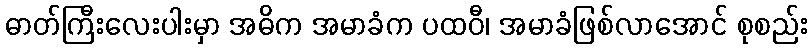
ဓာတ်ကြီးလေးပါးမှာ အဓိက အမာခံက ပထဝီ၊ အမာခံဖြစ်လာအောင် စုစည်း